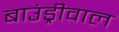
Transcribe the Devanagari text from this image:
बाउंड्रीवाल